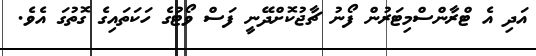
އަދި އެ ޓްރާންސްމިޓަރުން ފޯނު ޗާޖުކޮށްދޭނީ ފަސް ވޯޓުގެ ހަކަތައިގެ ގޮތުގަ އެވެ.